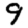
Digit: 9